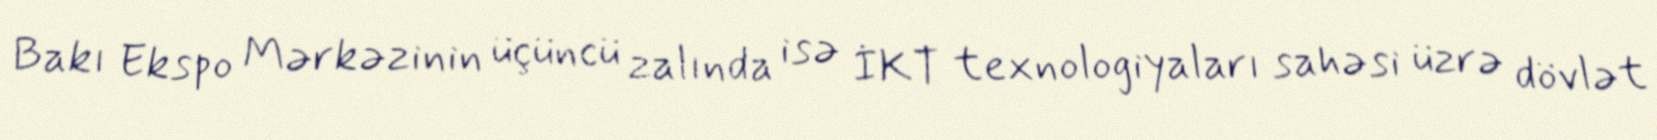
Bakı Ekspo Mərkəzinin üçüncü zalında isə İKT texnologiyaları sahəsi üzrə dövlət